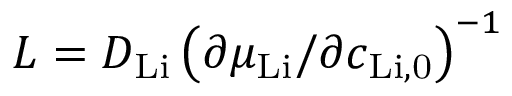
L = D _ { \mathrm { L i } } \left( \partial \mu _ { \mathrm { L i } } / \partial c _ { \mathrm { L i , 0 } } \right) ^ { - 1 }